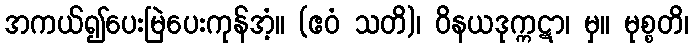
အကယ်၍ပေးမြဲပေးကုန်အံ့။ (ဧဝံ သတိ)၊ ဝိနယဒုက္ကဋာ၊ မှ။ မုစ္စတိ၊